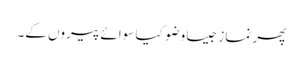
پھر نماز جیسا وضو کیا سوائے پیروں کے۔